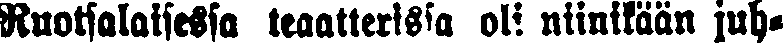
Ruotsalaisessa teaatterissa oli niinikään juh-